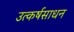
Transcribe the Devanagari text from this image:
उत्कर्षसाधन